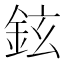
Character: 鉉